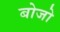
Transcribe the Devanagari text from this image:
बोजो